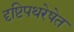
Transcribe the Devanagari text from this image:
दृष्टिपथरेषेत